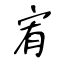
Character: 宥